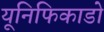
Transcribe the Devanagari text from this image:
यूनिफिकाडो